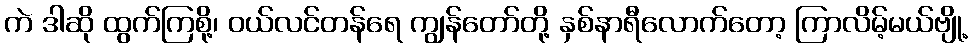
ကဲ ဒါဆို ထွက်ကြစို့၊ ဝယ်လင်တန်ရေ ကျွန်တော်တို့ နှစ်နာရီလောက်တော့ ကြာလိမ့်မယ်ဗျို့